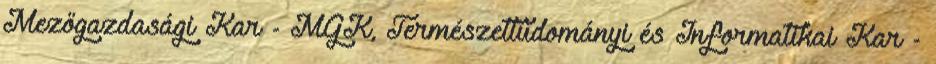
Mezőgazdasági Kar - MGK, Természettudományi és Informatikai Kar -